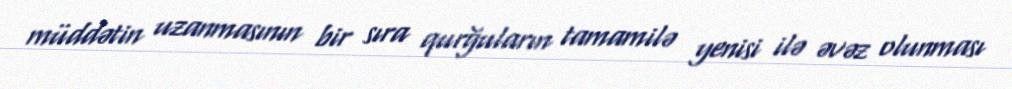
müddətin uzanmasının bir sıra qurğuların tamamilə yenisi ilə əvəz olunması